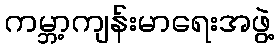
ကမ္ဘာ့ကျန်းမာရေးအဖွဲ့